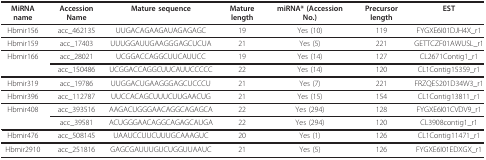
<table><thead><tr><td><b>MiRNA name</b></td><td><b>Accession Name</b></td><td><b>Mature sequence</b></td><td><b>Mature length</b></td><td><b>miRNA* (Accession No.)</b></td><td><b>Precursor length</b></td><td><b>EST</b></td></tr></thead><tbody><tr><td>Hbmir156</td><td>acc_462135</td><td>UUGACAGAAGAUAGAGAGC</td><td>19</td><td>Yes (10)</td><td>119</td><td>FYGXE6I01DJH4X_r1</td></tr><tr><td>Hbmir159</td><td>acc_17403</td><td>UUUGGAUUGAAGGGAGCUCUA</td><td>21</td><td>Yes (5)</td><td>221</td><td>GETTCZF01AWUSL_r1</td></tr><tr><td>Hbmir166</td><td>acc_28021</td><td>UCGGACCAGGCUUCAUUCC</td><td>19</td><td>Yes (14)</td><td>127</td><td>CL2671Contig1_r1</td></tr><tr><td></td><td>acc_150486</td><td>UCGGACCAGGCUUCAUUCCCCC</td><td>22</td><td>Yes (14)</td><td>120</td><td>CL1Contig15359_r1</td></tr><tr><td>Hbmir319</td><td>acc_19786</td><td>UUGGACUGAAGGGAGCUCCCU</td><td>21</td><td>Yes (7)</td><td>221</td><td>FRZQES201D34W3_r1</td></tr><tr><td>Hbmir396</td><td>acc_112787</td><td>UUCCACAGCUUUCUUGAACUG</td><td>21</td><td>Yes (15)</td><td>154</td><td>CL1Contig13811_r1</td></tr><tr><td>Hbmir408</td><td>acc_393516</td><td>AAGACUGGGAACAGGCAGAGCA</td><td>22</td><td>Yes (294)</td><td>128</td><td>FYGXE6I01CVDV9_r1</td></tr><tr><td></td><td>acc_39581</td><td>ACUGGGAACAGGCAGAGCAUGA</td><td>22</td><td>Yes (294)</td><td>120</td><td>CL3908contig1_r1</td></tr><tr><td>Hbmir476</td><td>acc_508145</td><td>UAAUCCUUCUUUGCAAAGUC</td><td>20</td><td>Yes (1)</td><td>126</td><td>CL1Contig11471_r1</td></tr><tr><td>Hbmir2910</td><td>acc_251816</td><td>GAGCGAUUUGUCUGGUUAAUC</td><td>21</td><td>Yes (5)</td><td>126</td><td>FYGXE6I01EDXGX_r1</td></tr></tbody></table>